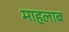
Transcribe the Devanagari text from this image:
माहलाब